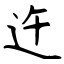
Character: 迕